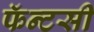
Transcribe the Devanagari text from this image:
फॅन्टसी